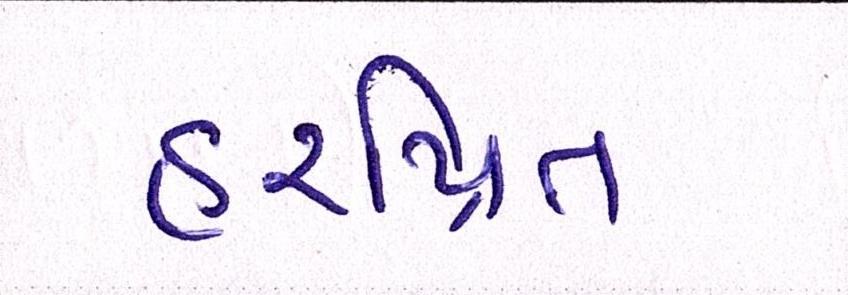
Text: હરપ્રિત